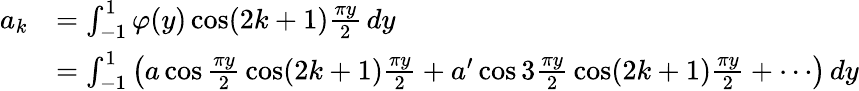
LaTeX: {\begin{array}{rl}{a_{k}}&{=\int_{-1}^{1}\varphi(y)\cos(2k+1){\frac{\pi y}{2}}\, dy}\\ &{=\int_{-1}^{1}\left(a\cos{\frac{\pi y}{2}}\cos(2k+1){\frac{\pi y}{2}}+a^{\prime}\cos 3{\frac{\pi y}{2}}\cos(2k+1){\frac{\pi y}{2}}+\cdots\right)\, dy}\end{array}}